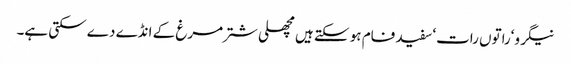
نیگرو‘راتوں رات‘ سفید فام ہو سکتے ہیں مچھلی شتر مرغ کے انڈے دے سکتی ہے۔